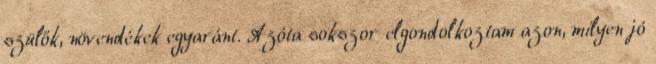
szülők, növendékek egyaránt. Azóta sokszor elgondolkoztam azon, milyen jó